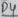
Text: D4